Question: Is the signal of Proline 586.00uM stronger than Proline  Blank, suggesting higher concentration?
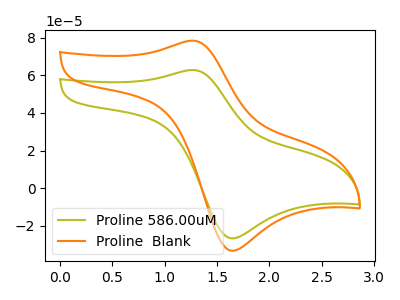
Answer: <think>The olive curve "Proline 586.00uM" has an anodic peak at (1.25V, 62.85uA) and a cathodic peak at (1.65V, -26.60uA). The orange curve "Proline  Blank" has an anodic peak at (1.25V, 78.40uA) and a cathodic peak at (1.65V, -33.20uA).
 All the peaks in "Proline 586.00uM" have a peak in "Proline  Blank" at the same potential. Every peak in "Proline 586.00uM" is lower than every peak in "Proline  Blank".</think>
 <answer>"Proline 586.00uM" has less signal than "Proline  Blank" and so likely has a lower concentration.</answer>
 <eval>less_concentration</eval>